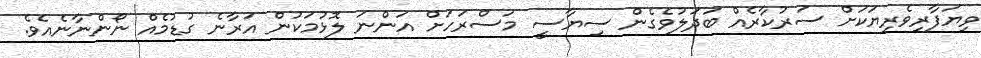
ވިޔަފާރިވެރިޔަކަށް ސަރުކާރެއް ބަދަލުވެގެން ސިޔާސީ މަސްރަހަށް އަންނަ ލޮޅުމަކުން އަރާނެ ގުޑުމެއް ނޯންނާނެއެވެ.